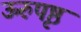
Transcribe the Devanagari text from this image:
ऊरुपृष्ठ